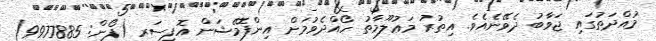
މުއްދަތުގައި ޖަވާބު ދެވޭނެއެވެ. އިތުރު މަޢުލޫމާތު ހޯއްދެވުމަށް އިންފޮމޭޝަން އޮފިސަރ (ފޯން: 9977885)